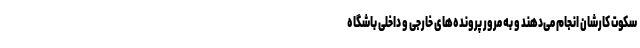
سکوت کارشان انجام می‌دهند و به مرور پرونده‌های خارجی و داخلی باشگاه